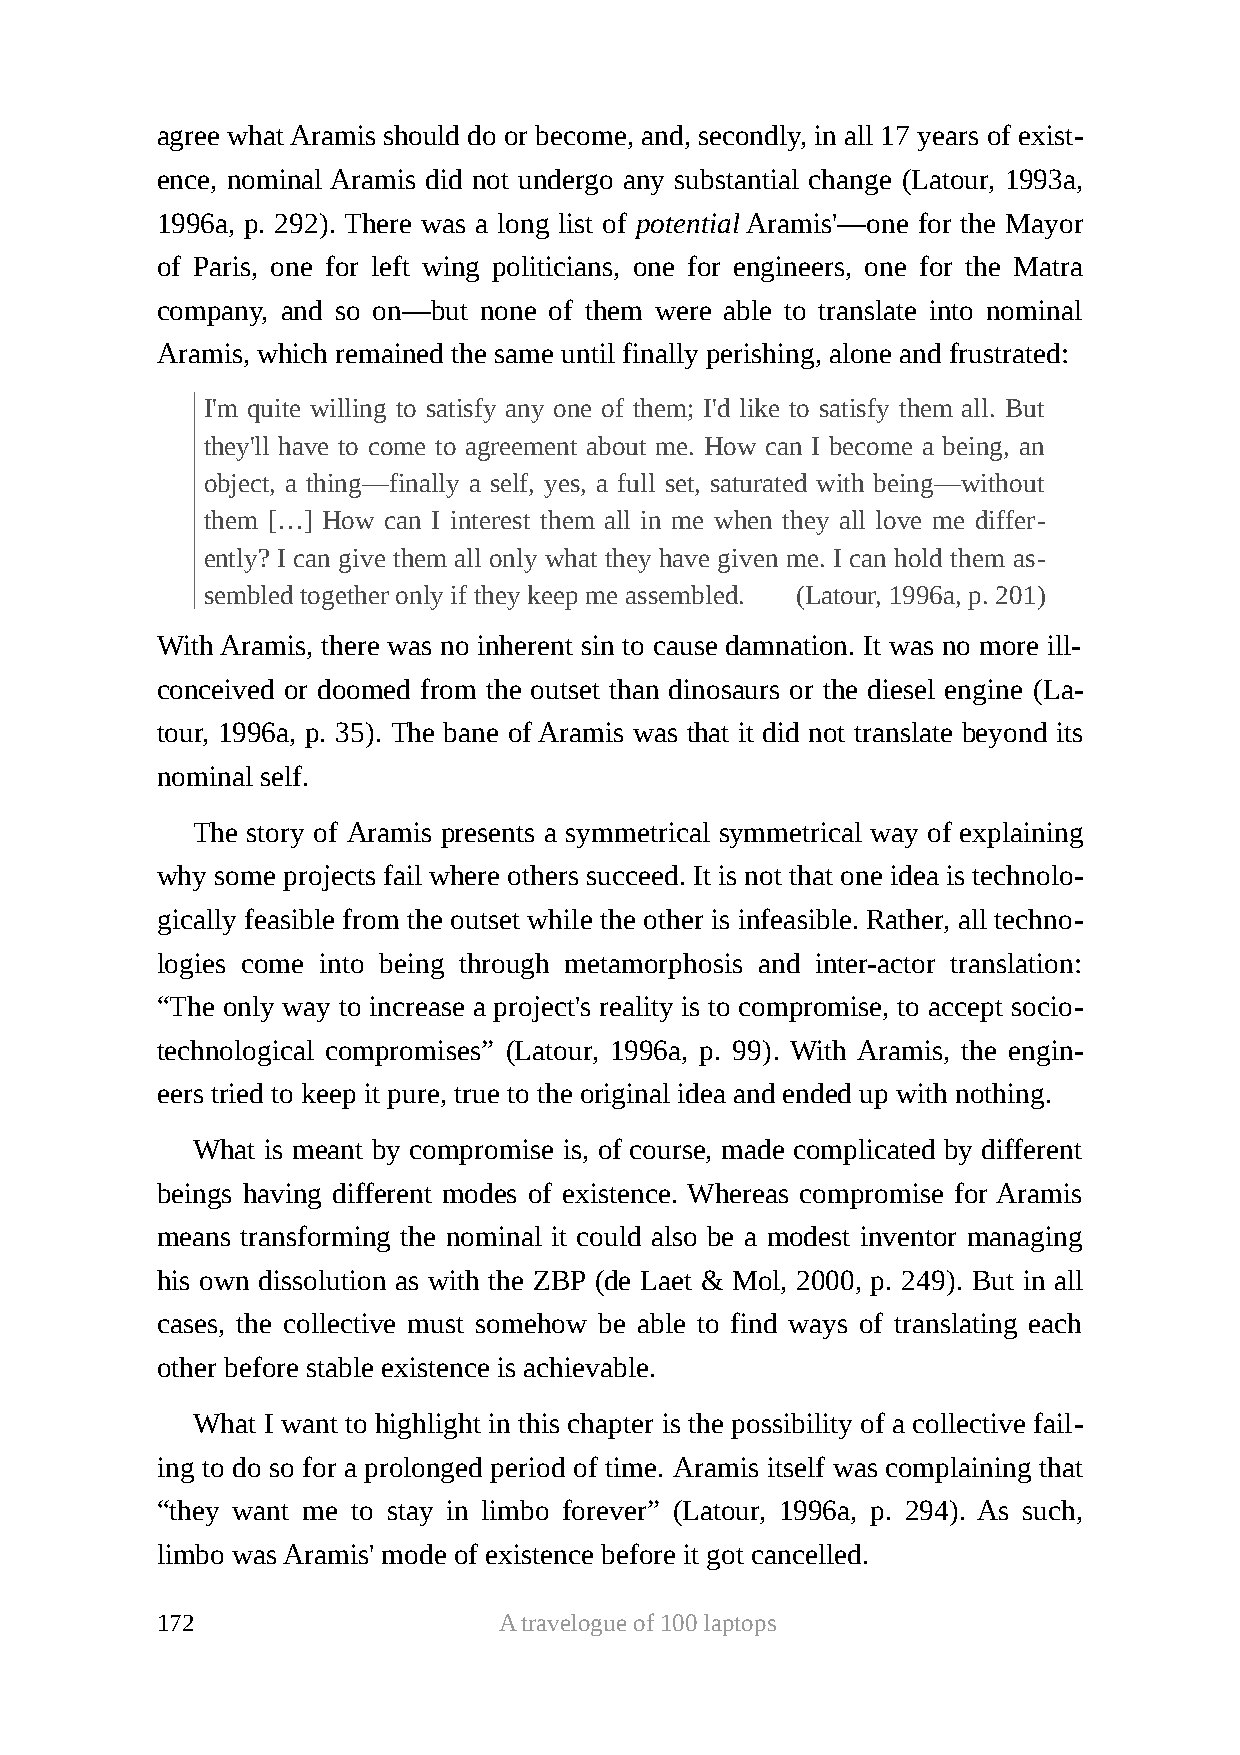
agree what Aramis should do or become, and, secondly, in all 17 years of exist-
 ence, nominal Aramis did not undergo any substantial change (Latour, 1993a,
 1996a, p. 292). There was a long list of potential Aramis'—one for the Mayor
 of Paris, one for left wing politicians, one for engineers, one for the Matra
 company, and so on—but none of them were able to translate into nominal
 Aramis, which remained the same until finally perishing, alone and frustrated:
 I'm quite willing to satisfy any one of them; I'd like to satisfy them all. But
 they'll have to come to agreement about me. How can I become a being, an
 object, a thing—finally a self, yes, a full set, saturated with being—without
 them […] How can I interest them all in me when they all love me differ-
 ently? I can give them all only what they have given me. I can hold them as-
 sembled together only if they keep me assembled. (Latour, 1996a, p. 201)
 With Aramis, there was no inherent sin to cause damnation. It was no more ill-
 conceived or doomed from the outset than dinosaurs or the diesel engine (La-
 tour, 1996a, p. 35). The bane of Aramis was that it did not translate beyond its
 nominal self.
 The story of Aramis presents a symmetrical symmetrical way of explaining
 why some projects fail where others succeed. It is not that one idea is technolo-
 gically feasible from the outset while the other is infeasible. Rather, all techno-
 logies come into being through metamorphosis and inter-actor translation:
 “The only way to increase a project's reality is to compromise, to accept socio-
 technological compromises” (Latour, 1996a, p. 99). With Aramis, the engin-
 eers tried to keep it pure, true to the original idea and ended up with nothing.
 What is meant by compromise is, of course, made complicated by different
 beings having different modes of existence. Whereas compromise for Aramis
 means transforming the nominal it could also be a modest inventor managing
 his own dissolution as with the ZBP (de Laet & Mol, 2000, p. 249). But in all
 cases, the collective must somehow be able to find ways of translating each
 other before stable existence is achievable.
 What I want to highlight in this chapter is the possibility of a collective fail-
 ing to do so for a prolonged period of time. Aramis itself was complaining that
 “they want me to stay in limbo forever” (Latour, 1996a, p. 294). As such,
 limbo was Aramis' mode of existence before it got cancelled.
 172                    A travelogue of 100 laptops